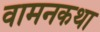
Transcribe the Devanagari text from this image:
वामनकथा